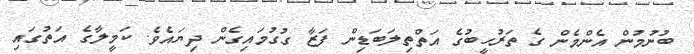
ބުނުމުން އެންމެން ގެ ތަރުހީބުގެ އަތްތިލަބަޑިން ފަޒާ ގުގުމައިގެން ދިޔައެވެ. ކަމީލާގެ އަތުގައި